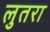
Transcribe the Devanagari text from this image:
लुतरा